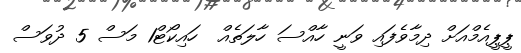
ޕީޕީއެމްއަށް ދިމާވެފައި ވަނީ ހާއްސަ ހާލަތެއް  ހައިކޯޓް1 މަސް 5 ދުވަސް